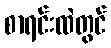
စာရင်းထဲတွင်